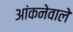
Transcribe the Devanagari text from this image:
आंकनेवाले